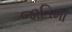
જાતિમા